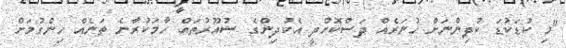
"މި ކުޑަކުޑަ ކުދިންނަށް ހުނަރެއް ދަސްކޮށްދީ އެކުދިންގެ ޝުއޫރުތައް ހާމަކުރާނެ ތަނެއް ހިންގުމަށް